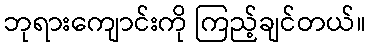
ဘုရားကျောင်းကို ကြည့်ချင်တယ်။